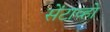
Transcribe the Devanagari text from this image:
सेंटाव्हो